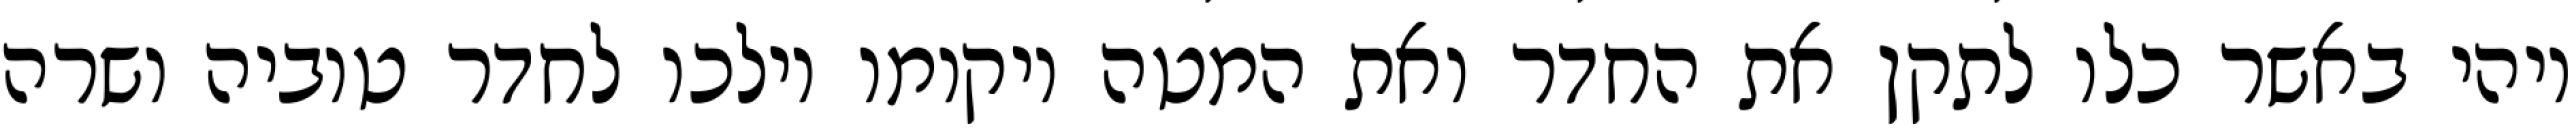
ויהי באשר כלו לתקן את החדר ואת המטה ויקומו וילכו לחדר טוביה ושרה